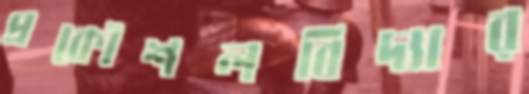
প্রকৌশলবিদ্যার